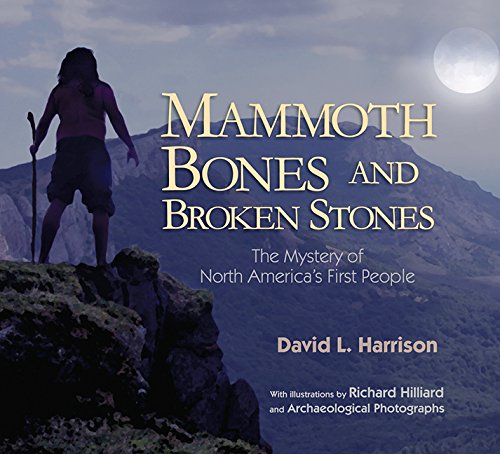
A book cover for Mammoth Bones and Broken Stones: The Mystery of North America's First People; David L. Harrison; Children's Books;